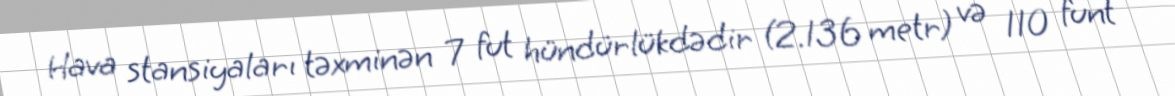
Hava stansiyaları təxminən 7 fut hündürlükdədir (2.136 metr) və 110 funt